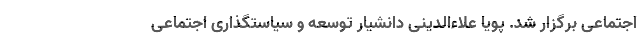
اجتماعی برگزار شد. پویا علاءالدینی دانشیار توسعه و سیاستگذاری اجتماعی